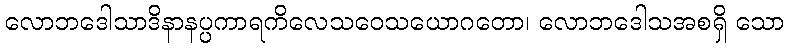
လောဘဒေါသာဒိနာနပ္ပကာရကိလေသဝေသယောဂတော၊ လောဘဒေါသအစရှိ သော